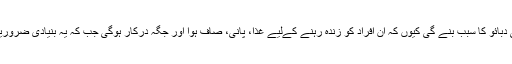
'بالٹی مور سن' لکھتا ہے کہ یہ اضافی آبادی قدرتی وسائل پر اضافی دبائو کا سبب بنے گی کیوں کہ ان افراد کو زندہ رہنے کےلیے غذا، پانی، صاف ہوا اور جگہ درکار ہوگی جب کہ یہ بنیادی ضروریات پہلے ہی سے دنیا کی موجودہ آبادی کےلیے ناکافی پڑ رہی ہیں۔